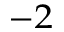
^ { - 2 }